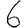
Digit: 6